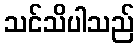
သင်သိပါသည်